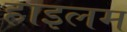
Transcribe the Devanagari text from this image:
हाइलम